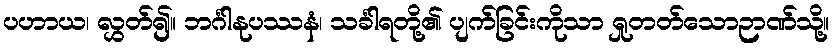
ပဟာယ၊ လွှတ်၍။ ဘင်္ဂါနုပဿနံ၊ သင်္ခါရတို့၏ ပျက်ခြင်းကိုသာ ရှုတတ်သောဉာဏ်သို့။